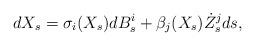
LaTeX: \begin{align*} d X_s = \sigma_i(X_s) dB^i_s + \beta_j(X_s) \dot{Z}_s^j ds ,\end{align*}